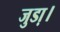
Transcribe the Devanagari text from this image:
जुडा़।